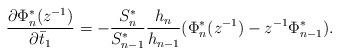
LaTeX: \begin{align*}\frac{\partial \Phi_{n}^{*}(z^{-1})}{\partial \bar{t}_{1}}=-\frac{S_{n}^{*}}{S_{n-1}^{*}}\frac{h_{n}}{h_{n-1}}(\Phi_{n}^{*}(z^{-1})-z^{-1}\Phi_{n-1}^{*}).\end{align*}